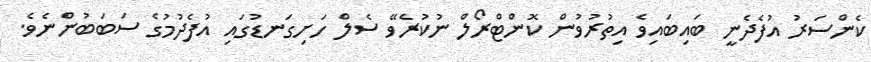
ކެންސަރު އުފެދެނީ ބައިބައިވެ އިތުރުވުން ކޮންޓްރޯލް ނުކުރެވޭ ސެލް ހަށިގަނޑުގައި އުފެދުމުގެ ސަބަބުންނެވެ.